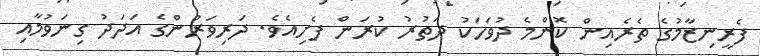
ފެރީނިޒާމުގެ ތެރެއިން ކޮންމެ ދުވަހަކު ދަތުރު ކުރަން ފެށިއެވެ. ދަރިވަރުންގެ އަދަދު ގިނަވުމާއި